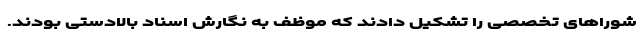
شوراهای تخصصی را تشکیل دادند که موظف به نگارش اسناد بالادستی بودند.